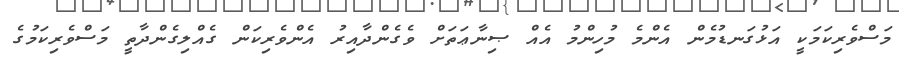
މަސްވެރިކަމަކީ އަޅުގަނޑުމެން އެންމެ މުހިންމު އެއް ޞިނާޢަތަށް ވެގެންދާއިރު އެންވެރިކަން ގެއްލިގެންދާތީ މަސްވެރިކަމުގެ